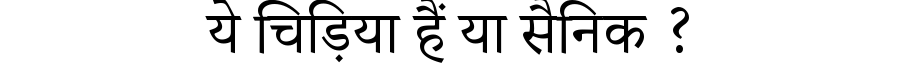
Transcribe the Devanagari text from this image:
ये चिड़िया हैं या सैनिक ?